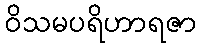
ဝိသမပရိဟာရဇာ